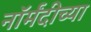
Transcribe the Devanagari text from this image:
नॉर्मंदीच्या